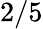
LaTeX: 2/5